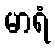
မာရံ